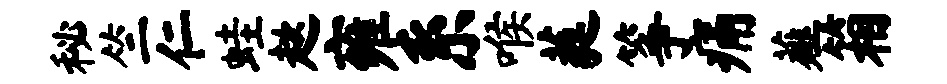
秘竺仁蛙趑雍系喉蕤筝痛薤箱